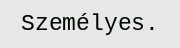
Személyes.